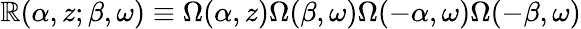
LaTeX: \mathbb{R}(\alpha,z;\beta,\omega)\equiv\Omega(\alpha,z)\Omega(\beta,\omega)\Omega(-\alpha,\omega)\Omega(-\beta,\omega)